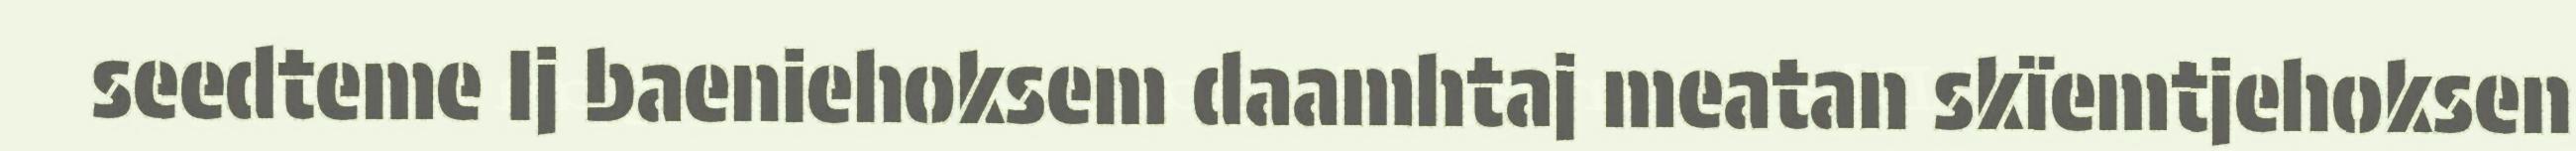
seedteme Ij baeniehoksem daamhtaj meatan skïemtjehoksen